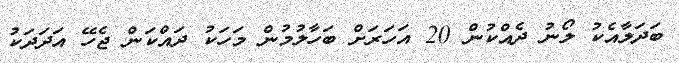
ބަދަލާއެކު ލޯނު ދެއްކުން 20 އަހަރަށް ބަހާލުމުން މަހަކު ދައްކަން ޖެހޭ އަދަދަކު